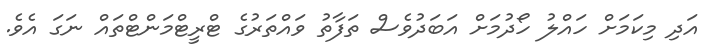
އަދި މިކަމަށް ހައްލު ހޯދުމަށް އަބަދުވެސް ތަފާތު ވައްތަރުގެ ޓްރީޓްމަންޓްތައް ނަގަ އެވެ.